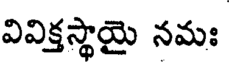
వివిక్తస్థాయై నమః